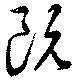
既